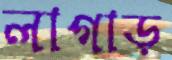
লাগাড়